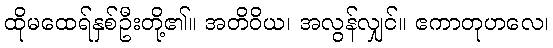
ထိုမထေရ်နှစ်ဦးတို့၏။ အတိဝိယ၊ အလွန်လျှင်။ ဧကာတုဟလေ၊